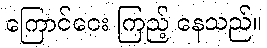
ကြောင်ငေး ကြည့် နေသည်။